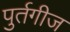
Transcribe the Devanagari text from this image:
पुर्तगीज